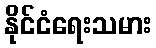
နိုင်ငံရေးသမား